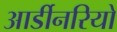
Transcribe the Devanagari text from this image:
आर्डीनरियो